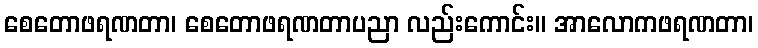
စေတောဖရဏတာ၊ စေတောဖရဏတာပညာ လည်းကောင်း။ အာလောကဖရဏတာ၊